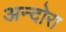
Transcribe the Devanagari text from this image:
अन्दोरा